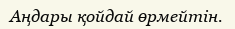
Аңдары қойдай өрмейтін.